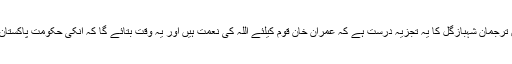
اس تناظر میں وزیراعلیٰ پنجاب کے سابق ترجمان شہبازگل کا یہ تجزیہ درست ہے کہ عمران خان قوم کیلئے اللہ کی نعمت ہیں اور یہ وقت بتائے گا کہ انکی حکومت پاکستان کی سیاسی تاریخ کا ایک سنہرا باب ہوگا۔